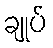
ချုပ်